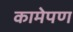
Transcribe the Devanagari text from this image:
कामेपण